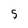
Character: 5